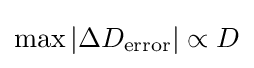
\max |\Delta D_{\text{error}}|\propto D